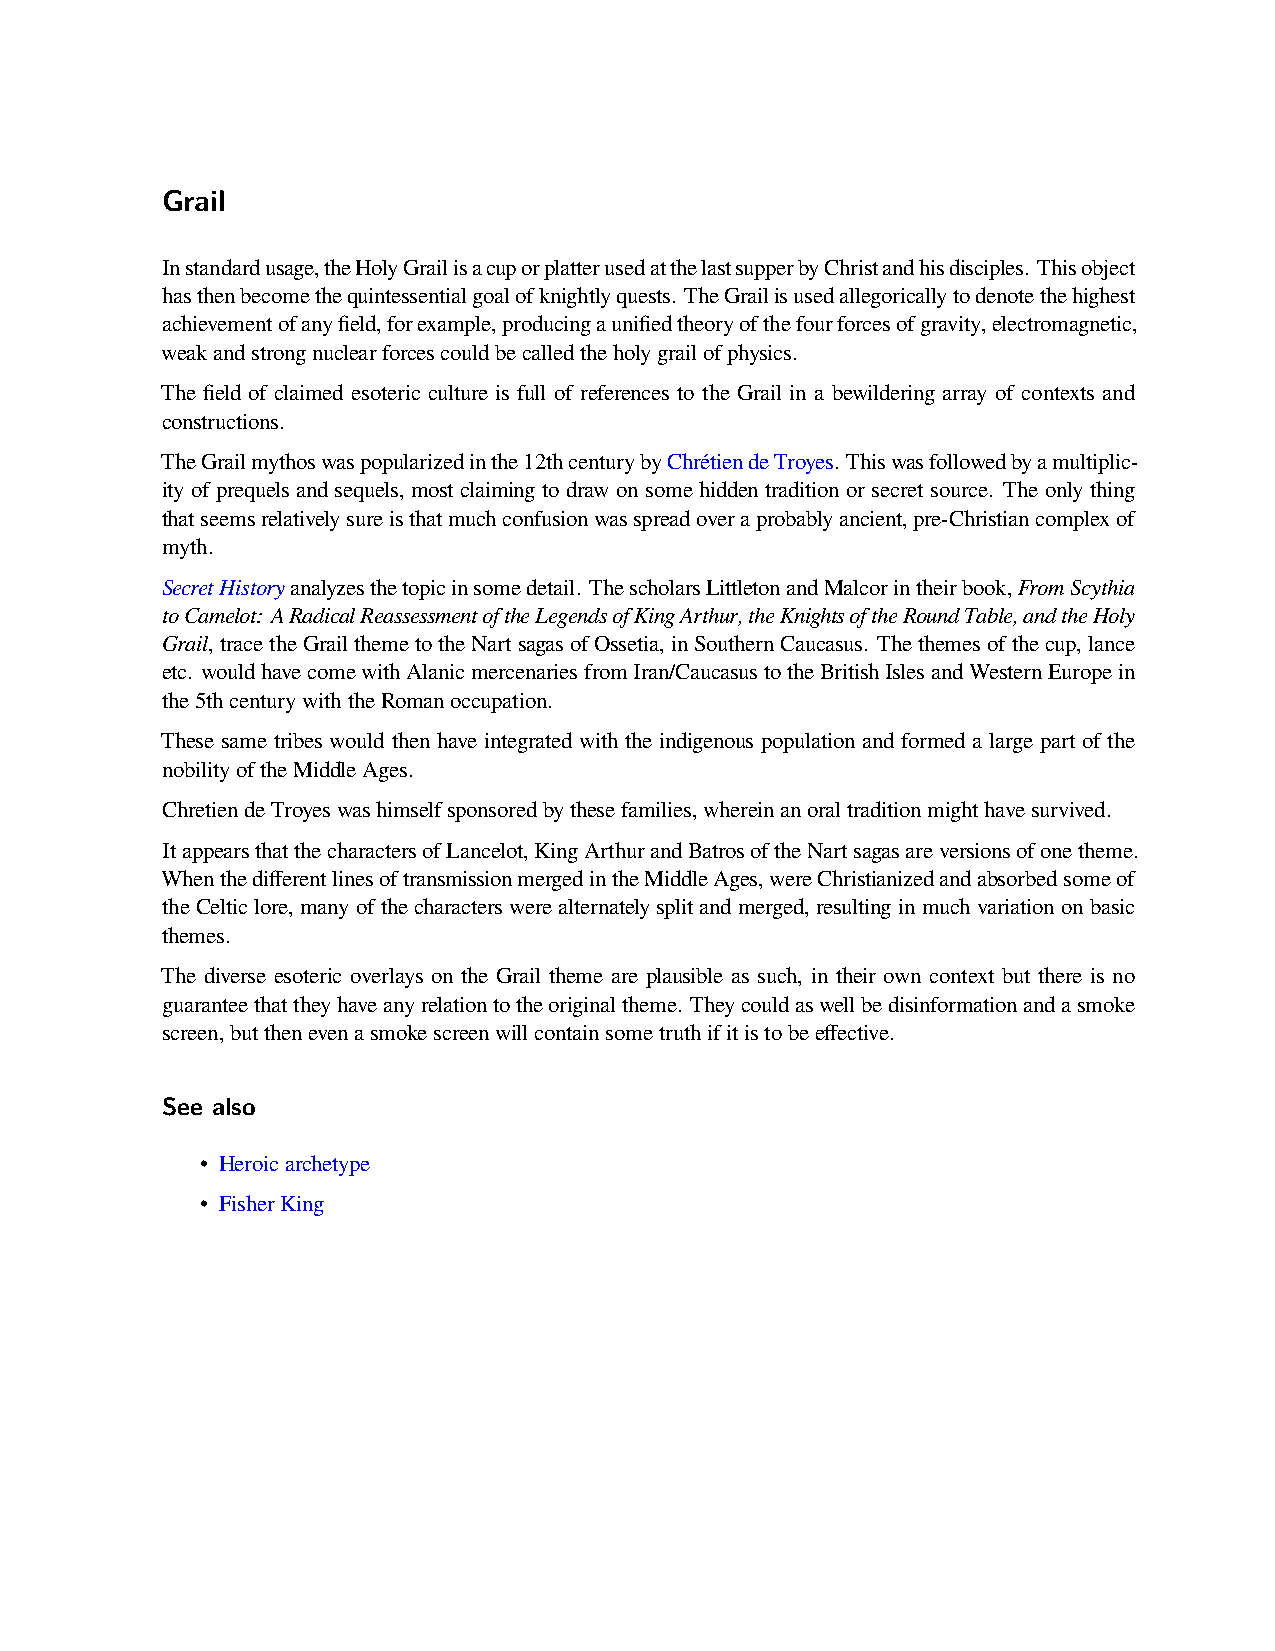
Grail
 Instandardusage,theHolyGrailisacuporplatterusedatthelastsupperbyChristandhisdisciples. Thisobject
 hasthenbecomethequintessentialgoalofknightlyquests. TheGrailisusedallegoricallytodenotethehighest
 achievementofanyfield,forexample,producingaunifiedtheoryofthefourforcesofgravity,electromagnetic,
 weakandstrongnuclearforcescouldbecalledtheholygrailofphysics.
 The field of claimed esoteric culture is full of references to the Grail in a bewildering array of contexts and
 constructions.
 TheGrailmythoswaspopularizedinthe12thcenturybyChrétiendeTroyes. Thiswasfollowedbyamultiplic-
 ityof prequelsand sequels, mostclaiming todraw onsome hiddentradition orsecret source. Theonly thing
 thatseemsrelativelysureisthatmuchconfusionwasspreadoveraprobablyancient,pre-Christiancomplexof
 myth.
 SecretHistoryanalyzesthetopicinsomedetail. ThescholarsLittletonandMalcorintheirbook,FromScythia
 toCamelot: ARadicalReassessmentoftheLegendsofKingArthur,theKnightsoftheRoundTable,andtheHoly
 Grail,tracetheGrailthemetotheNartsagasofOssetia,inSouthernCaucasus. Thethemesofthecup,lance
 etc. wouldhavecomewithAlanicmercenariesfromIran/CaucasustotheBritishIslesandWesternEuropein
 the5thcenturywiththeRomanoccupation.
 These same tribes would then have integrated with the indigenous population and formed a large part of the
 nobilityoftheMiddleAges.
 ChretiendeTroyeswashimselfsponsoredbythesefamilies,whereinanoraltraditionmighthavesurvived.
 ItappearsthatthecharactersofLancelot,KingArthurandBatrosoftheNartsagasareversionsofonetheme.
 WhenthedifferentlinesoftransmissionmergedintheMiddleAges,wereChristianizedandabsorbedsomeof
 theCelticlore, manyofthecharacterswerealternatelysplitandmerged, resultinginmuchvariationonbasic
 themes.
 The diverse esoteric overlays on the Grail theme are plausible as such, in their own context but there is no
 guaranteethattheyhaveanyrelationtotheoriginaltheme. Theycouldaswellbedisinformationandasmoke
 screen,butthenevenasmokescreenwillcontainsometruthifitistobeeffective.
 See also
 • Heroicarchetype
 • FisherKing